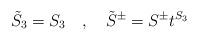
LaTeX: \begin{align*}\tilde{S}_3=S_3\quad , \quad \tilde{S}^{\pm}=S^{\pm}t^{S_3}\end{align*}